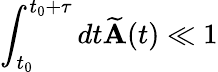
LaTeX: \int_{t_{0}}^{t_{0}+\tau}dt\mathbf{\widetilde A}(t)\ll 1